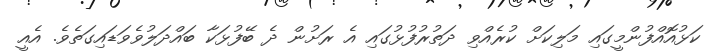
ކަޅުއޮއްފުންމީގައި މަލިކަށް ކުރެއްވި ދަތުރުފުޅުގައި އެ ރަށުން ދެ ބޭފުޅަކާ ބައްދަލުވެވަޑައިގަތެވެ. އެއީ